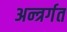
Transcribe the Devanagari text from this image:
अन्त्रर्गत